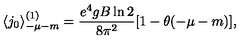
\langle j _ { 0 } \rangle _ { - \mu - m } ^ { ( 1 ) } = \frac { e ^ { 4 } g B \ln 2 } { 8 \pi ^ { 2 } } [ 1 - \theta ( - \mu - m ) ] ,